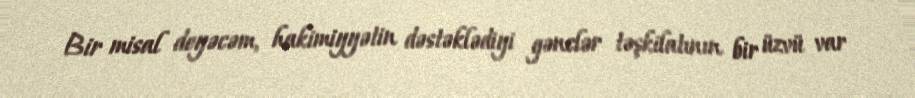
Bir misal deyəcəm, hakimiyyətin dəstəklədiyi gənclər təşkilatının bir üzvü var